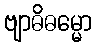
ဗျာဓိဓမ္မော